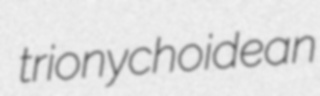
trionychoidean